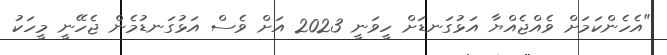
"އެހެންކަމަށް ވެއްޖެއްޔާ އަޅުގަނޑަށް ހީވަނީ 2023 އަށް ވެސް އަޅުގަނޑުމެން ޖެހޭނީ މީހަކު